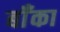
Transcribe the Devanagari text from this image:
बॉँका